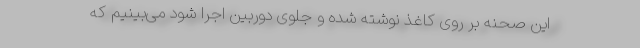
این صحنه بر روی کاغذ نوشته شده و جلوی دوربین اجرا شود می‌بینیم که